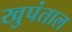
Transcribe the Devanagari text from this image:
खुपंताल